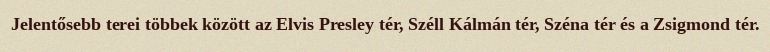
Jelentősebb terei többek között az Elvis Presley tér, Széll Kálmán tér, Széna tér és a Zsigmond tér.